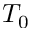
T _ { 0 }